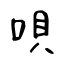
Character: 唄